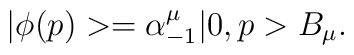
|\phi(p)> = \alpha_{-1}^{\mu}|0,p>B_{\mu}.